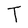
Character: T